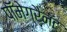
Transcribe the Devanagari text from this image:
पॉमेग्रैनॅट